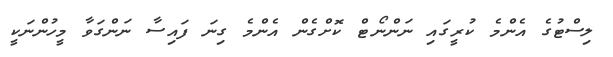
ލިސްޓުގެ އެންމެ ކުރީގައި ނަންނޯޓް ކޮށްގެން އެންމެ ގިނަ ފައިސާ ނަންގަވާ މީހުންނަކީ